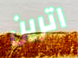
اترين